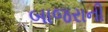
બાજરાની